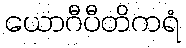
ယောဂီပီတိကရံ